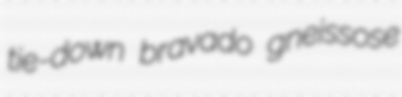
tie-down bravado gneissose